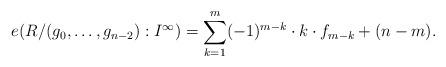
LaTeX: \begin{align*}e({R}/{(g_0,\dots,g_{n-2}):I^\infty} ) = \sum_{k=1}^{m}(-1)^{m-k}\cdot k\cdot f_{m-k}+(n-m).\end{align*}